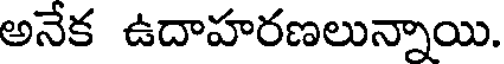
అనేక ఉదాహరణలున్నాయి.